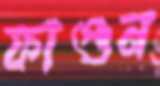
ফাগুন